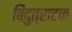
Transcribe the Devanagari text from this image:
बिंदुत्राटक